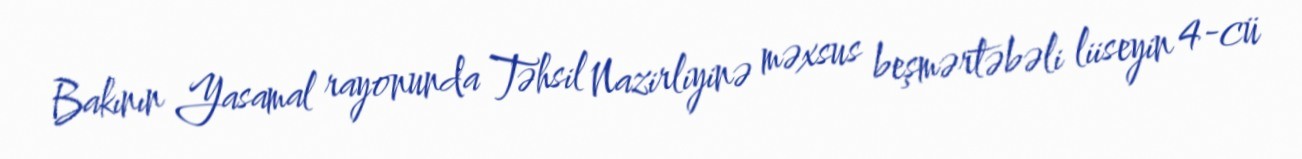
Bakının Yasamal rayonunda Təhsil Nazirliyinə məxsus beşmərtəbəli liiseyin 4-cü